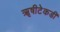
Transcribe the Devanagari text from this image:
ॠषीटेकडी